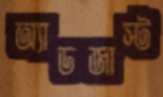
অ্যাডজাস্ট